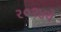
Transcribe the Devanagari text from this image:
२०१४वे